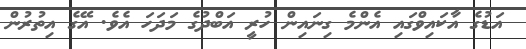
އަޑުގެ އާކައިވްގައި އެންމެ ގިނައިން ހުރީ އަބްދުގެ މަދަހަ އެވެ. އޭގެ އިތުރުން